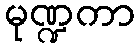
မုဏ္ဍကာ